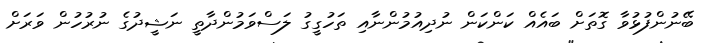
ބޭނުންފުޅުވާ ގޮތަށް ބައެއް ކަންކަން ނުދިއުމުންނާއި ތަހުގީގު ލަސްވަމުންދާތީ ނަޝީދުގެ ނުރުހުން ވަރަށް